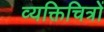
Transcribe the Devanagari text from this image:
व्यक्तिचित्रों